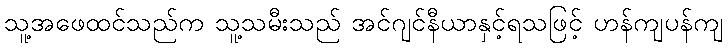
သူ့အဖေထင်သည်က သူ့သမီးသည် အင်ဂျင်နီယာနှင့်ရသဖြင့် ဟန်ကျပန်ကျ